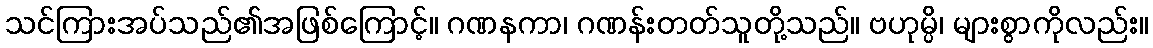
သင်ကြားအပ်သည်၏အဖြစ်ကြောင့်။ ဂဏနကာ၊ ဂဏန်းတတ်သူတို့သည်။ ဗဟုမ္ပိ၊ များစွာကိုလည်း။